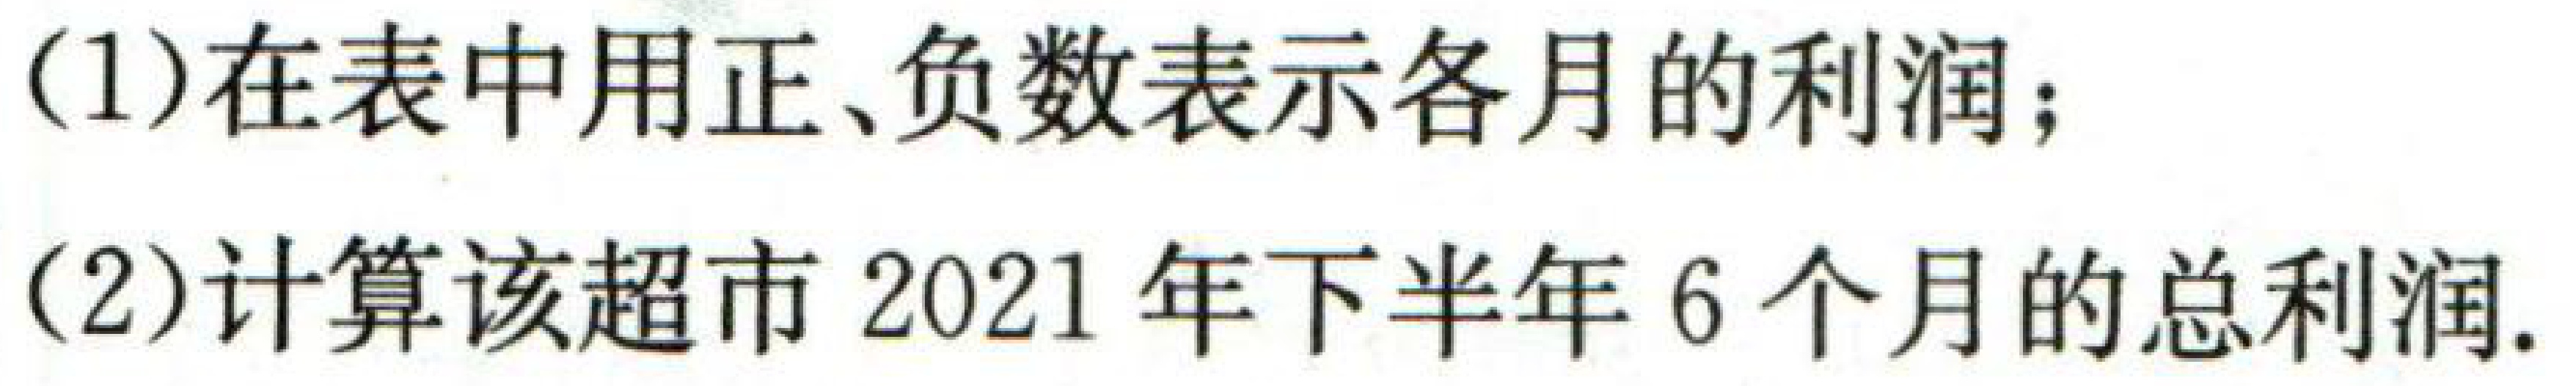
(1)在表中用正、负数表示各月的利润；
(2)计算该超市2021年下半年6个月的总利润.